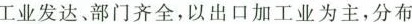
工业发达、部门齐全，以出口加工业为主，分布